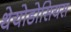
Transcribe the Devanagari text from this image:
थेयोडोसियस